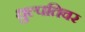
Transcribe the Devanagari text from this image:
धुल्पतिवर